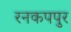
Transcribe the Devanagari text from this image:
रनकपपुर